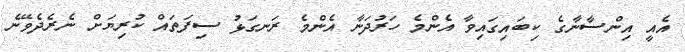
އެއީ އިންސާނާގެ ކިބައިގައިވާ އެންމެ ހަރުދަނާ އެންމެ ރަނގަޅު ސިފަތައް ކުރިޔަށް ނެރެދެވޭނެ